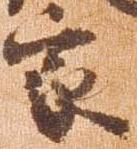
家